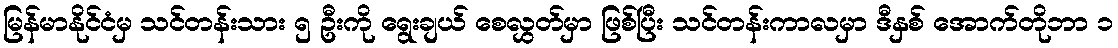
မြန်မာနိုင်ငံမှ သင်တန်းသား ၅ ဦးကို ရွေးချယ် စေလွှတ်မှာ ဖြစ်ပြီး သင်တန်းကာလမှာ ဒီနှစ် အောက်တိုဘာ ၁